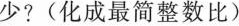
少?(化成最简整数比)